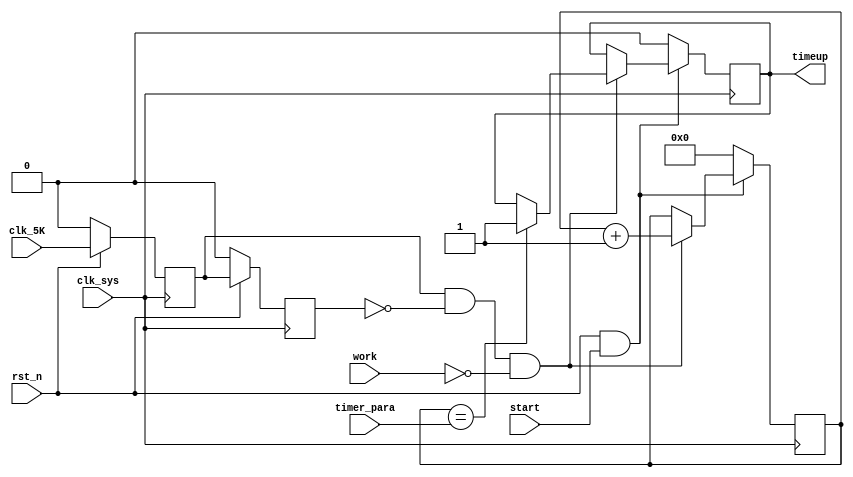
// long_timer.v

module long_timer( 
                  clk_5K,    
                  clk_sys,//
                  rst_n,     //
                  start,
                  work,      //
                  timer_para, //
                  timeup     //
                 );

input  clk_5K;         //
input  clk_sys;
input  rst_n;           //
input  start;
input  work;            //
input  [15:0] timer_para;   //

output timeup;          //

reg timeup;          //
reg [15:0] count;   //

reg clk_5K_reg1;
reg clk_5K_reg2;
wire clk_5K_en;

reg clear_n;

wire en;

always @ (posedge clk_sys)
    begin
         if (rst_n == 1'b0)
             {clk_5K_reg1,clk_5K_reg2} <= 2'b0;
         else
             begin
                  clk_5K_reg1 <= clk_5K;
                  clk_5K_reg2 <= clk_5K_reg1;
             end
    end

assign clk_5K_en = (clk_5K_reg1 & (~clk_5K_reg2)) & (~work);

assign en = rst_n & start;

always @ (posedge clk_sys)
    begin
         if (en == 1'b0)                  
             begin
                  count  <= 16'b0;
                  timeup <= 1'b0;
             end    
         else
             begin                
                  if (clk_5K_en == 1'b1)
                      begin
                           count <= count + 1;
                           if(clear_n == 1'b0)
                               timeup <= 1'b1;
                           else
                               timeup <= timeup;
                      end
               
             end              

   end

always @ (count or timer_para)
    begin
         if (count == timer_para)
             clear_n = 1'b0;
         else
             clear_n = 1'b1;
    end

endmodule